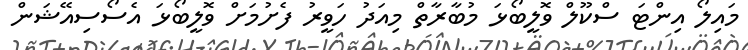
މައިލޯ އިންޓަ ސްކޫލް ވޮލީބޯޅަ މުބާރާތް މިއަދު ހަވީރު ފެށުމަށް ވޮލީބޯޅަ އެސޯސިއޭޝަން